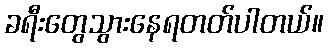
ခရီးတွေသွားနေရတတ်ပါတယ်။